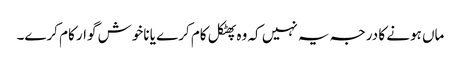
ماں ہونے کا درجہ یہ نہیں کہ وہ پھٹکل کام کرے یا ناخوش گوار کام کرے۔